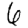
Digit: 6